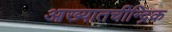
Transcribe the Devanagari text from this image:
आख्यातचीन्द्रिक